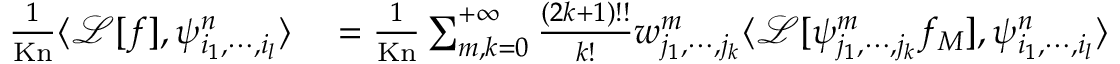
\begin{array} { r l } { \frac { 1 } { \mathrm { K n } } \langle \mathcal { L } [ f ] , \psi _ { i _ { 1 } , \cdots , i _ { l } } ^ { n } \rangle } & { { } = \frac { 1 } { \mathrm { K n } } \sum _ { m , k = 0 } ^ { + \infty } \frac { ( 2 k + 1 ) ! ! } { k ! } w _ { j _ { 1 } , \cdots , j _ { k } } ^ { m } \langle \mathcal { L } [ \psi _ { j _ { 1 } , \cdots , j _ { k } } ^ { m } f _ { M } ] , \psi _ { i _ { 1 } , \cdots , i _ { l } } ^ { n } \rangle } \end{array}